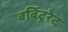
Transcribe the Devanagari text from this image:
बर्बिटूरेट